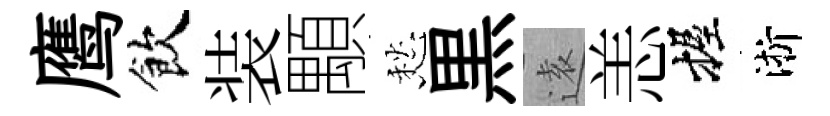
鹰飲装顒愁黒逺恙握淅